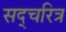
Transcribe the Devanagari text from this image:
सद्चरित्र